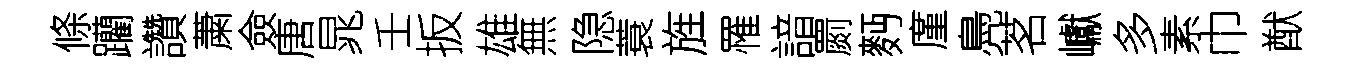
條躪讚䔥僉唐晁壬扳雄無隐蓑旌罹諳罽麪廑鳧茗巘多素巾猷